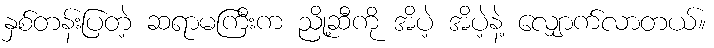
နှစ်တန်းပြတဲ့ ဆရာမကြီးက ညို့ဆီကို အိပဲ့ အိပဲ့နဲ့ လျှောက်လာတယ်။